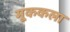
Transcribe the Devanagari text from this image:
मूककला